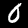
Label: 0